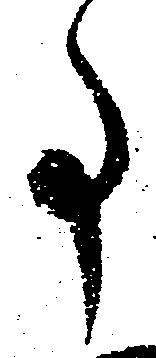
事